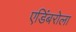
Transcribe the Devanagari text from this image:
एडिंबरोला